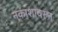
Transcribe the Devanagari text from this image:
नकाशावरुन